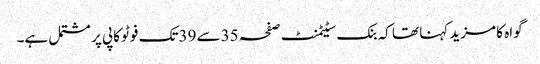
گواہ کا مزید کہنا تھا کہ بنک سٹیٹمنٹ صفحہ 35سے 39تک فوٹو کاپی پر مشتمل ہے۔